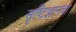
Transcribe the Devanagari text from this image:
सृष्टिज्ञानचा